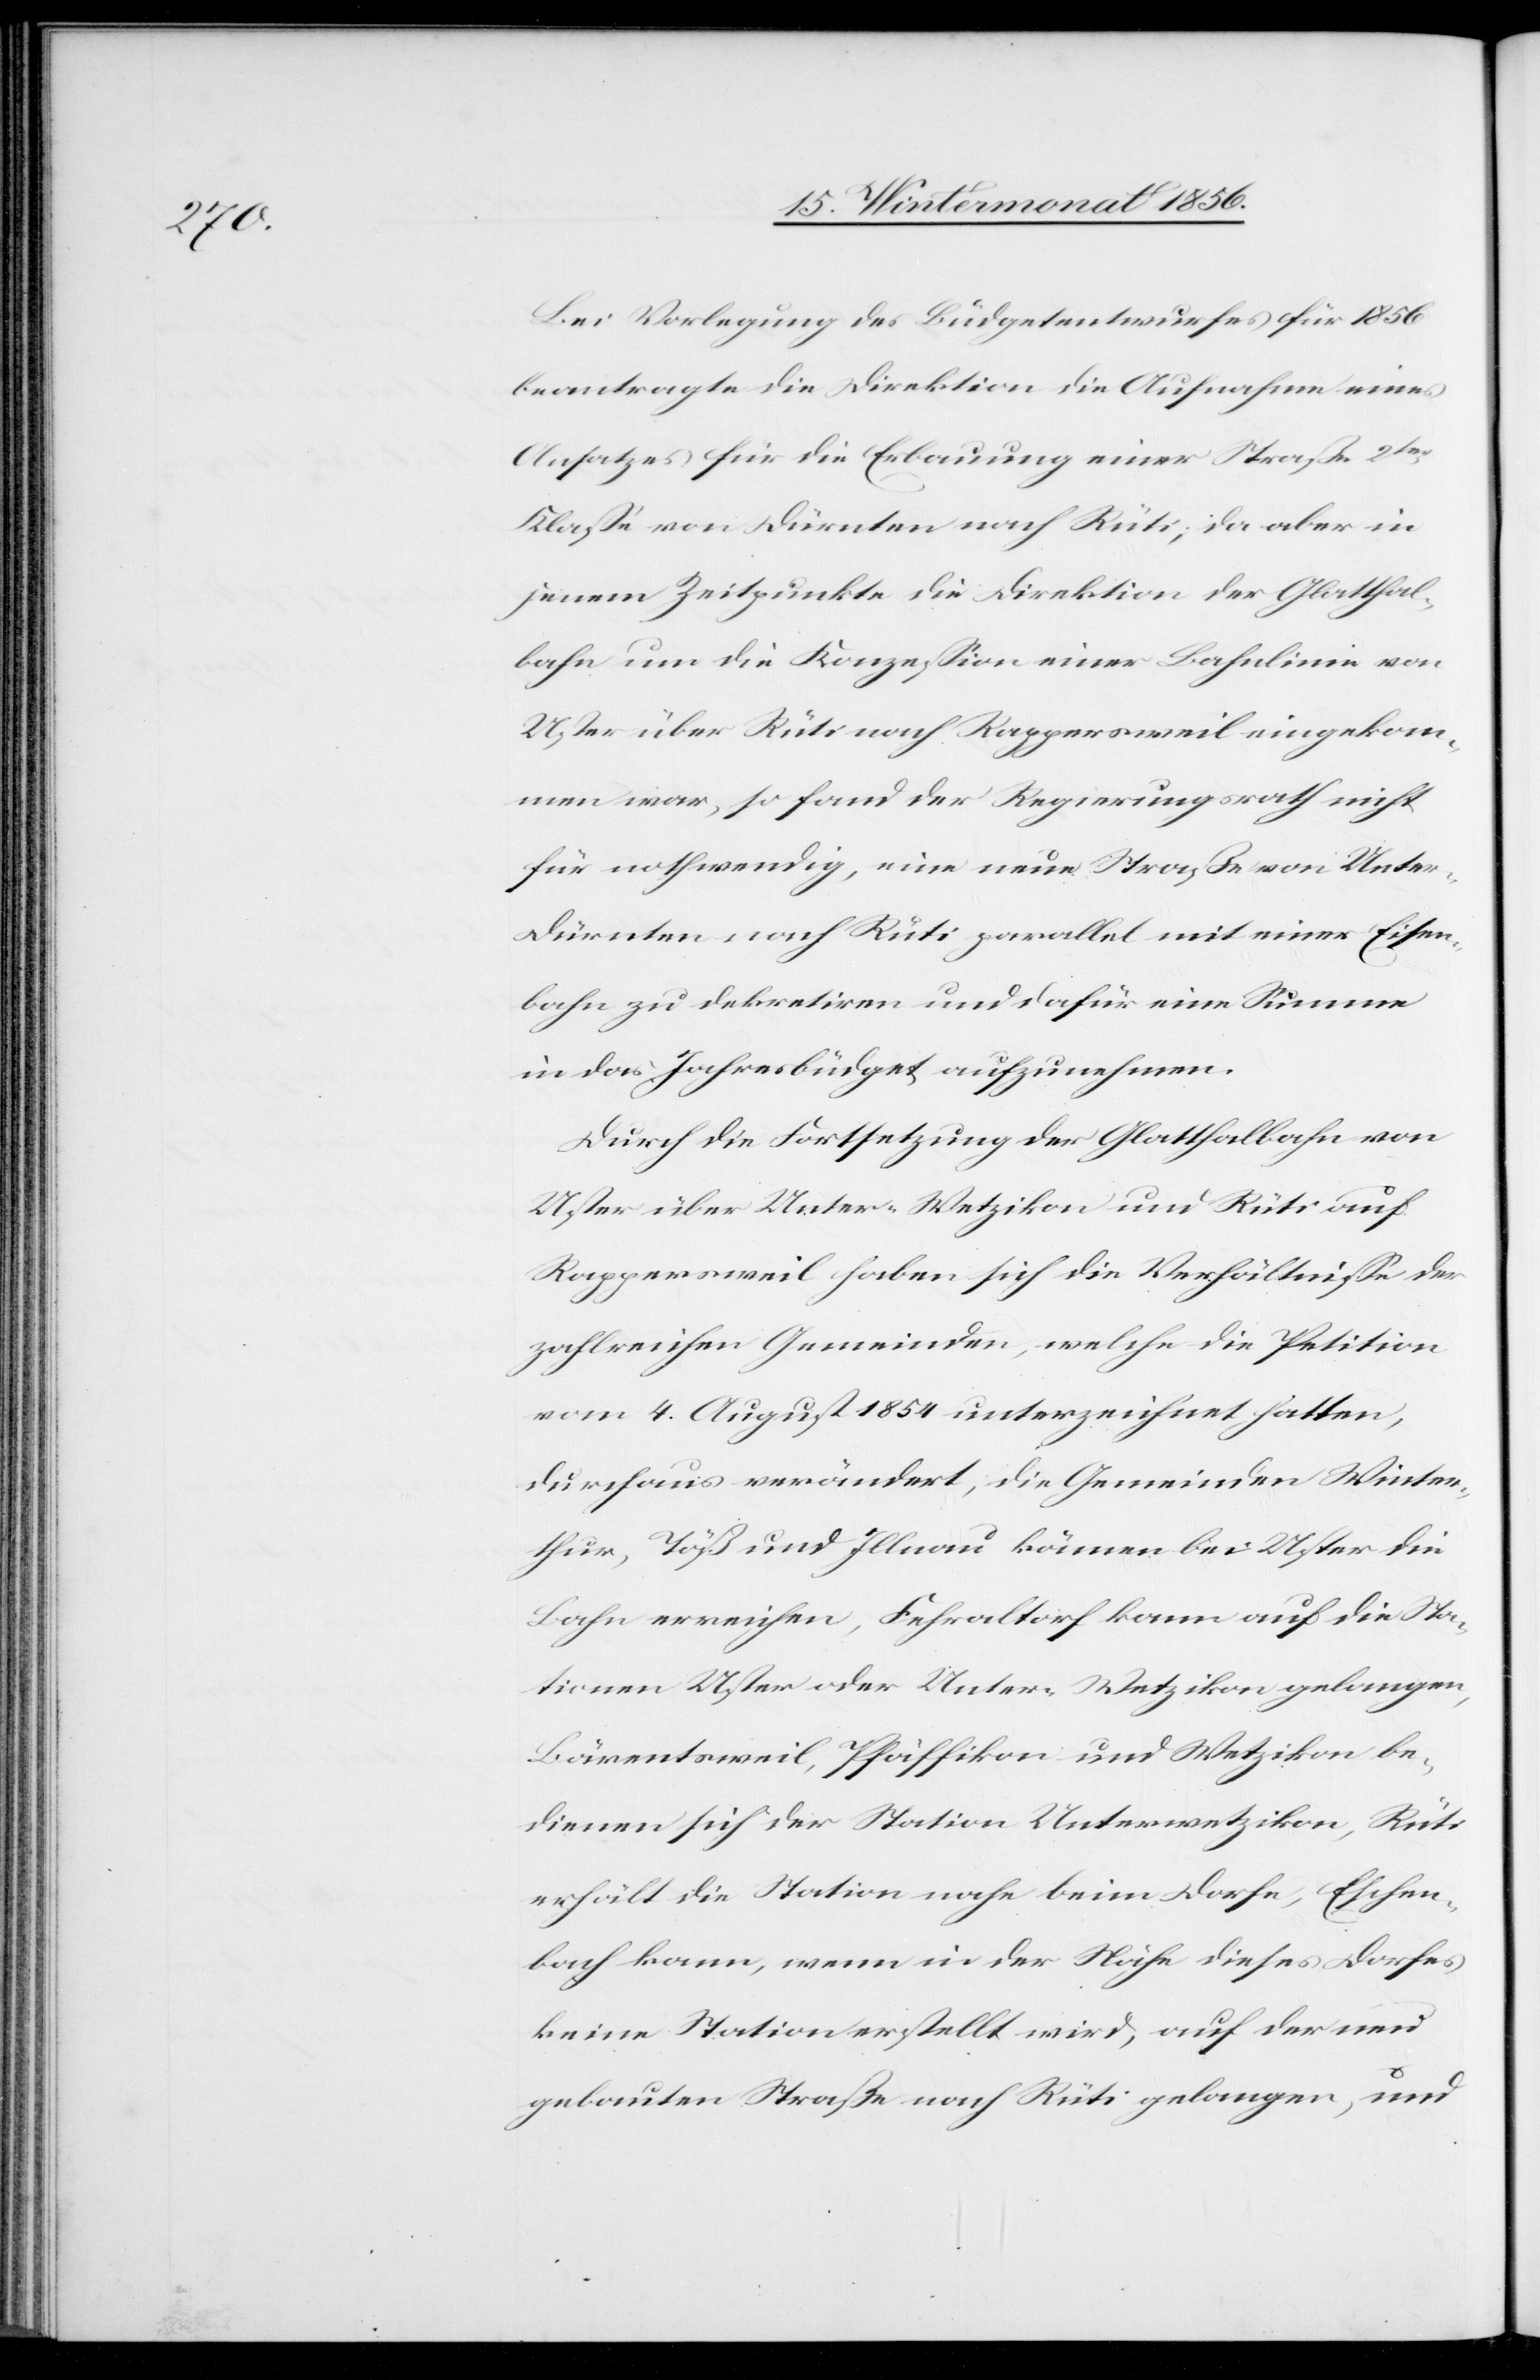
Bei Vorlegung des Büdgetentwurfes für 1856
beantragte die Direktion die Aufnahme eines
Ansatzes für die Erbauung einer Straße 2ter
Klasse von Dürnten nach Rüti; da aber in
jenem Zeitpunkte die Direktion der Glatthal¬
bahn um die Konzession einer Bahnlinie von
Uster über Rüti nach Rappersweil eingekom¬
men war, so fand der Regierungsrath nicht
für nothwendig, eine neue Straße von Unte¬
r-Dürnten nach Rüti parallel mit einer Eisen¬
bahn zu dekretiren und dafür eine Summe
in das Jahresbüdget aufzunehmen.
Durch die Fortsetzung der Glatthalbahn von
Uster über Unter-Wetzikon und Rüti auf
Rappersweil haben sich die Verhältnisse der
zahlreichen Gemeinden, welche die Petition
vom 4. August 1854 unterzeichnet hatten,
durchaus verändert, die Gemeinden Winter¬
thur, Töß und Illnau können bei Uster die
Bahn erreichen, Fehraltorf kann auf die Sta¬
tionen Uster oder Unter-Wetzikon gelangen,
Bärentsweil, Pfäffikon und Wetzikon be¬
dienen sich der Station Unterwetzikon, Rüti
erhält die Station nahe beim Dorfe, Eschen¬
bach kann, wenn in der Nähe dieses Dorfes
keine Station erstellt wird, auf der neu
gebauten Straße nach Rüti gelangen, und